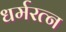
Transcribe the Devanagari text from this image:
धर्मरत्न